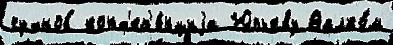
чухнов конф'ер'е́нциjа Юрьеву Валко́м